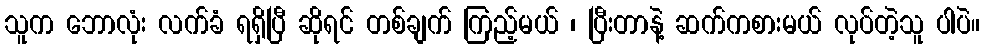
သူက ဘောလုံး လက်ခံ ရရှိပြီ ဆိုရင် တစ်ချက် ကြည့်မယ် ၊ ပြီးတာနဲ့ ဆက်ကစားမယ် လုပ်တဲ့သူ ပါပဲ။